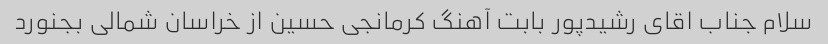
سلام جناب اقای رشیدپور بابت آهنگ کرمانجی حسین از خراسان شمالی بجنورد